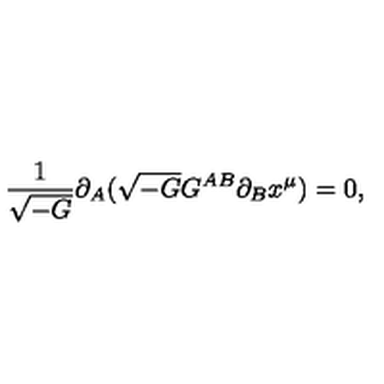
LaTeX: \frac { 1 } { \sqrt { - G } } \partial _ { A } ( \sqrt { - G } G ^ { A B } \partial _ { B } x ^ { \mu } ) = 0 ,